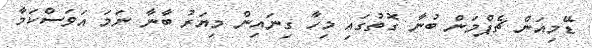
ޑޭމިއަން ޗެޕްމަން ބުނާ ގޮތުގައި މިހާ ގިނައިން މިޔަރު ބާނާ ނަމަ އަވަސްކަމާ